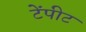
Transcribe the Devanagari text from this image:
टेंपीट